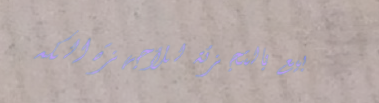
بيع بالتجزئة للأجهزة الكه